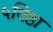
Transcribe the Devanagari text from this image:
५विष्ठा